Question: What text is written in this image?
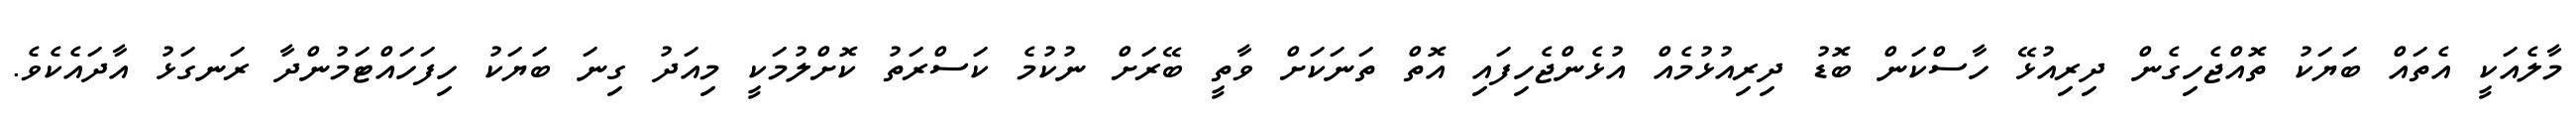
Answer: މާލެއަކީ އެތައް ބަޔަކު ތޮއްޖެހިގެން ދިރިއުޅޭ ހާސްކަން ބޮޑު ދިރިއުޅުމެއް އުޅެންޖެހިފައި އޮތް ތަނަކަށް ވާތީ ބޭރަށް ނުކުމެ ކަސްރަތު ކޮށްލުމަކީ މިއަދު ގިނަ ބަޔަކު ހިފަހައްޓަމުންދާ ރަނގަޅު އާދައެކެވެ.